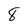
Character: 8